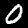
Label: 0